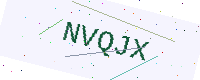
Text: NVQJX